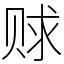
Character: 赇